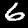
Digit: 6